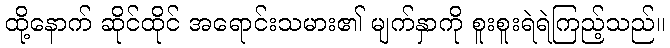
ထို့နောက် ဆိုင်ထိုင် အရောင်းသမား၏ မျက်နှာကို စူးစူးရဲရဲကြည့်သည်။